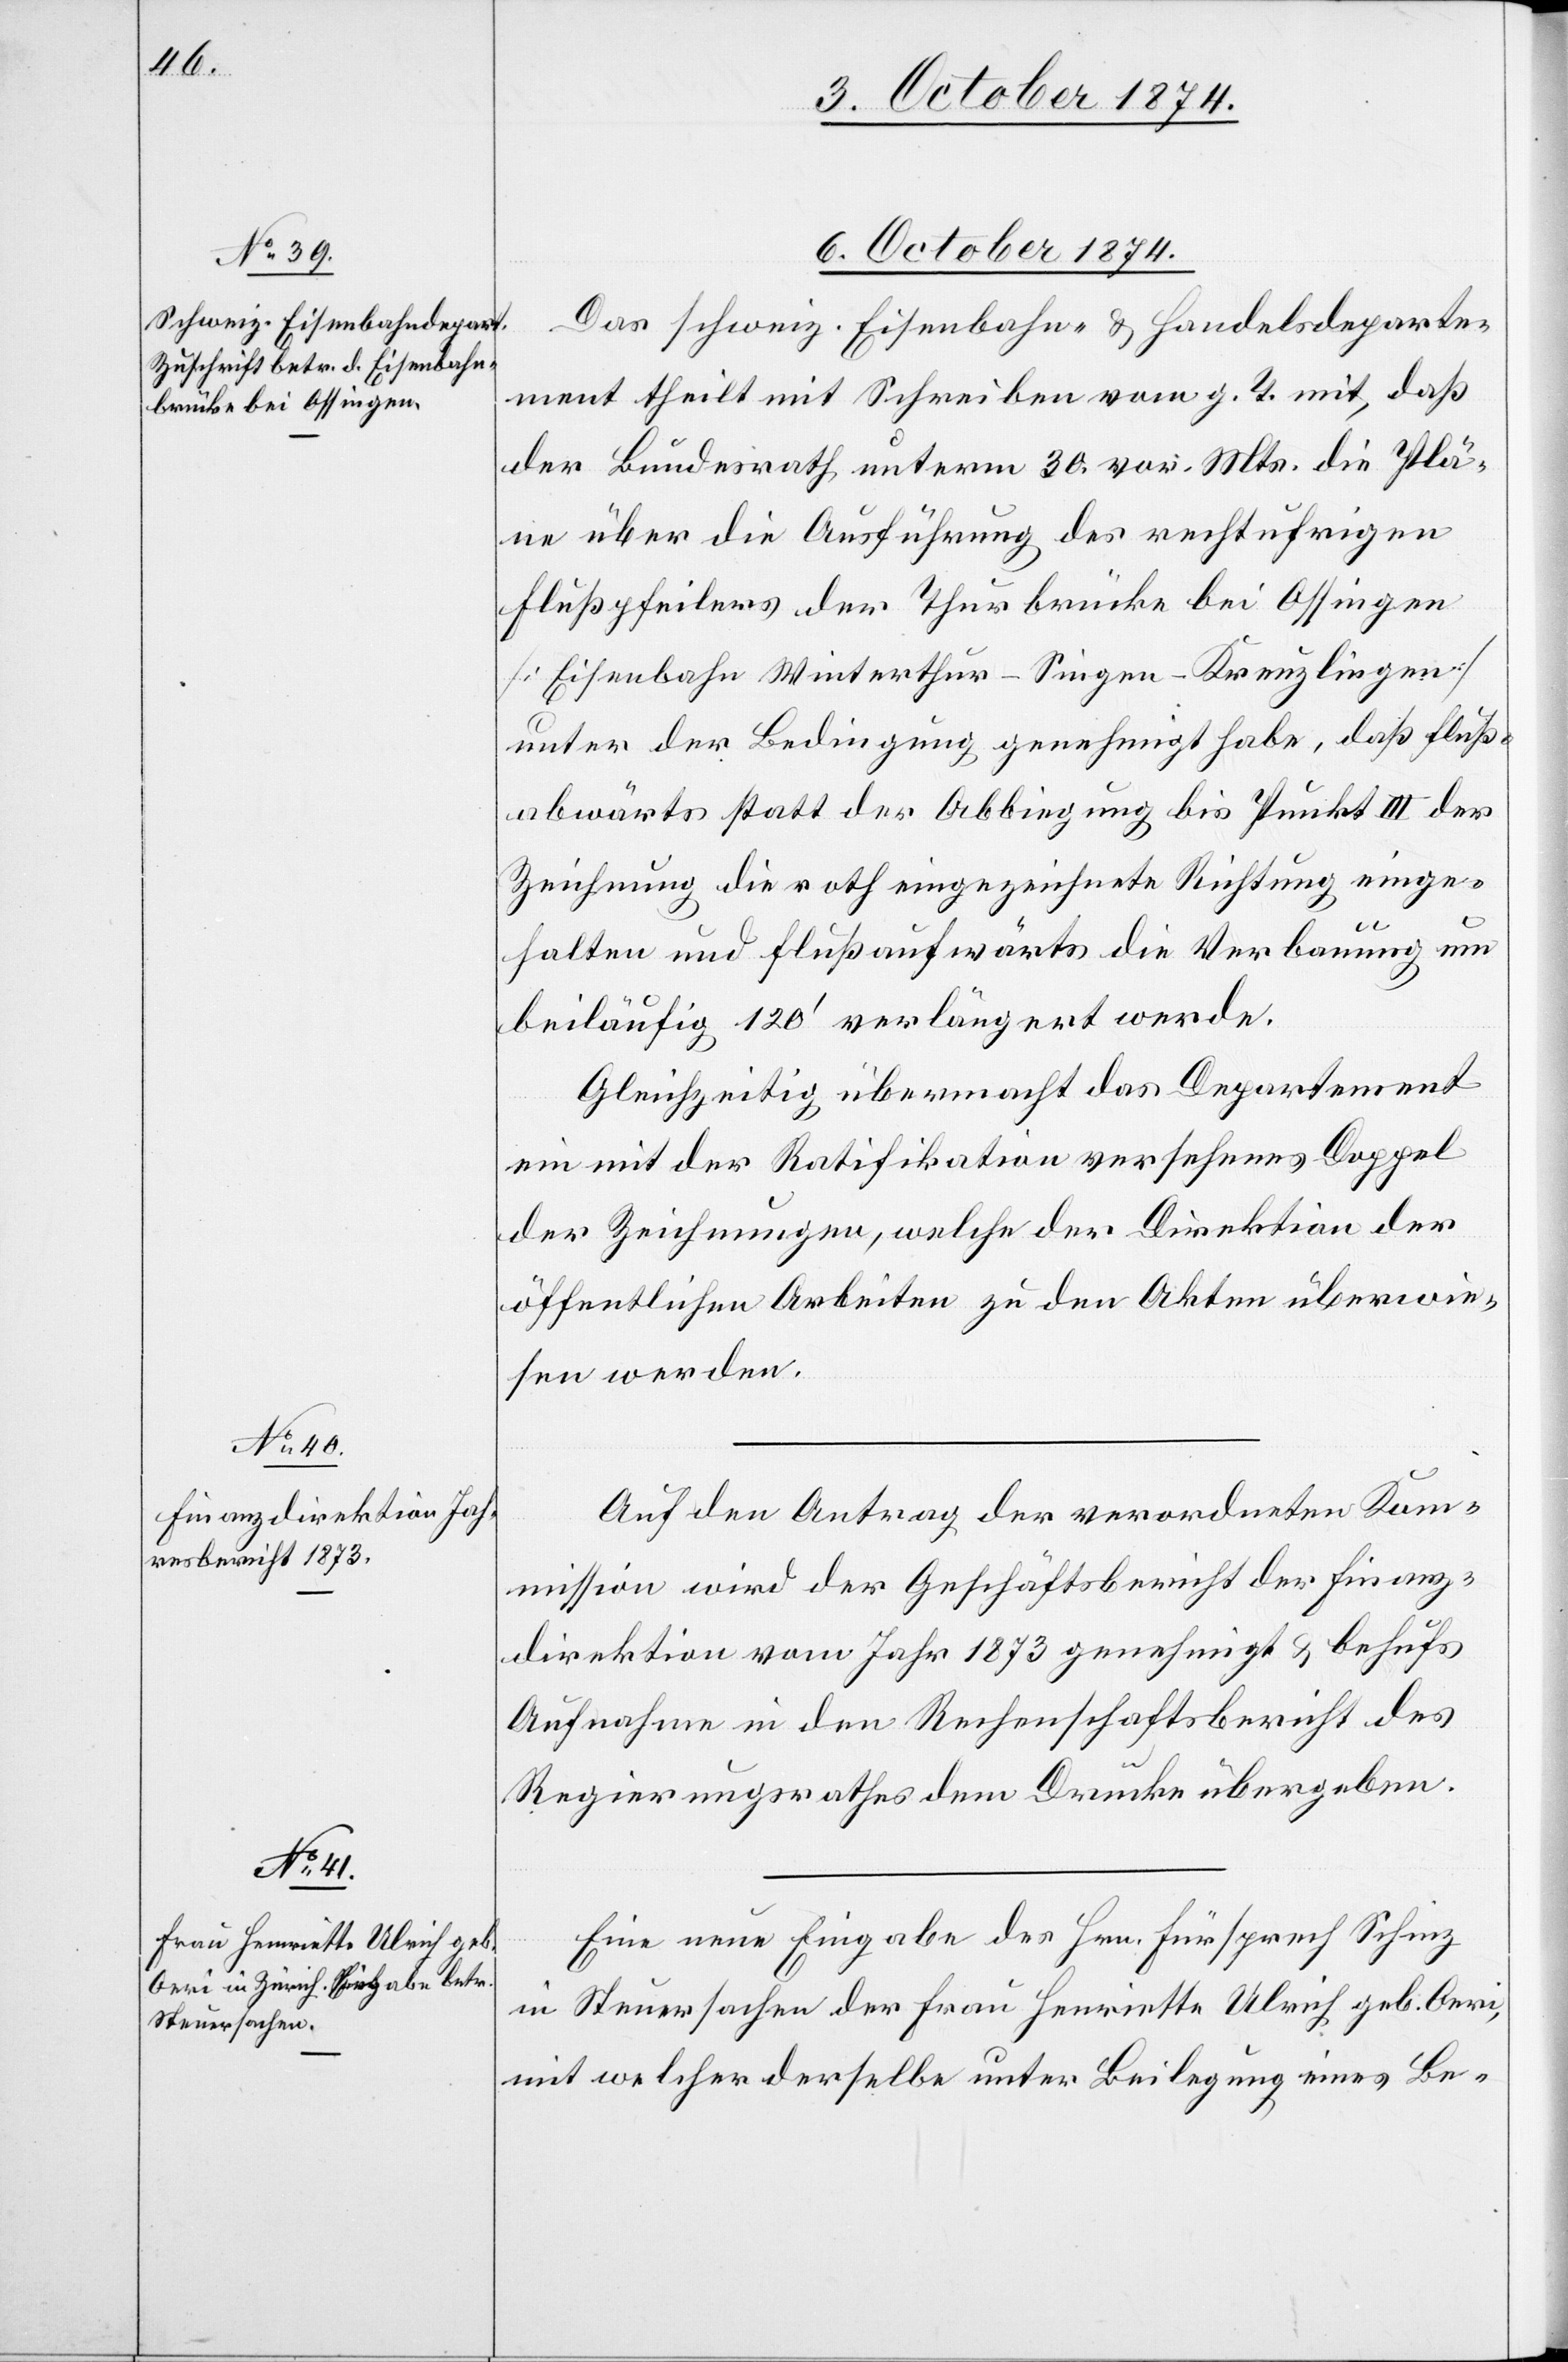
5. October 1874.]
5. October 1874.]
Das schweiz. Eisenbahn- & Handelsdeparte¬
ment theilt mit Schreiben vom g. T. mit, daß
der Bundesrath unterm 30 vor. Mts. die Plä¬
ne über die Ausführung des rechtufrigen
Flußpfeilers der Thurbrücke bei Ossingen
[Eisenbahn Winterthur–Singen–Kreuzlingen]
unter der Bedingung genehmigt habe, daß fluß¬
abwärts statt der Abbiegung bis Punkt III der
Zeichnung die roth eingezeichnete Richtung einge¬
halten und flußaufwärts die Verbauung um
beiläufig 120‘ verlängert werde.
Gleichzeitig übermacht das Departement
ein mit der Ratifikation versehenes Doppel
der Zeichnungen, welche der Direktion der
öffentlichen Arbeiten zu den Akten überwie¬
sen werden.
Auf den Antrag der verordneten Ko¬
mmission wird der Geschäftsbericht der Finanz¬
direktion vom Jahr 1873 genehmigt & behufs
Aufnahme in den Rechenschaftsbericht des
Regierungsrathes dem Drucke übergeben.
Eine neue Eingabe des Hrn. Fürsprech Schinz
in Steuersachen der Frau Henriette Ulrich geb. Oeri,
mit welcher derselbe unter Beilegung eines Be-